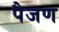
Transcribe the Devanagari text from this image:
पैजण